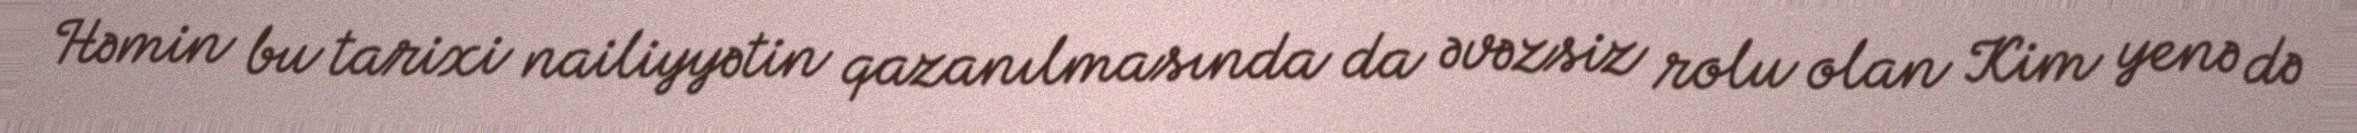
Həmin bu tarixi nailiyyətin qazanılmasında da əvəzsiz rolu olan Kim yenə də